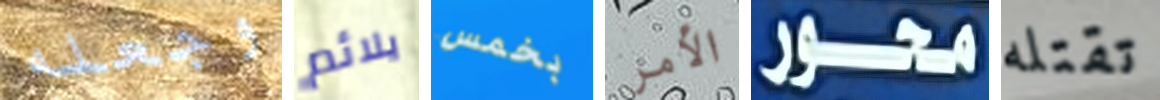
وجعله يلائم بخمس الأمر محور تقتله